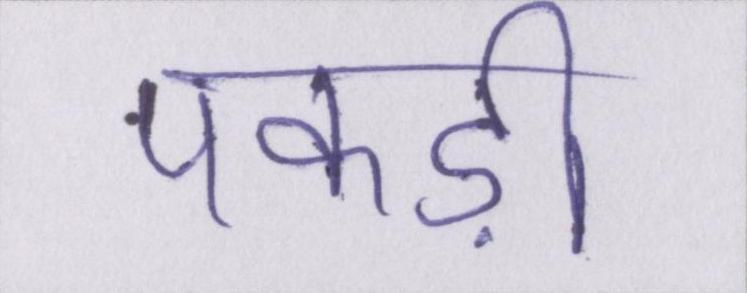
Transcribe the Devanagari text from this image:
पकड़ी